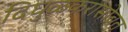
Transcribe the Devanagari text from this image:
दिघुळकरांसोबत